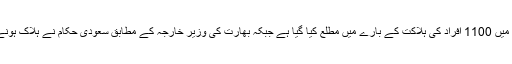
پاکستانی حکام نے پیر کو کہا تھا کہ انھیں حادثے میں 1100 افراد کی ہلاکت کے بارے میں مطلع کیا گیا ہے جبکہ بھارت کی وزیر خارجہ کے مطابق سعودی حکام نے ہلاک ہونے والے 1090 زائرین کی تصاویر جاری کی ہیں۔